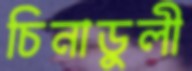
চিনাডুলী